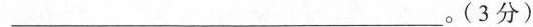
___________。(3分)